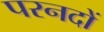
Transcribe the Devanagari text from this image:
परनदों